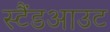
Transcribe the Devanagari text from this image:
स्टैंडआउट